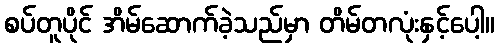
စပ်တူပိုင် အိမ်ဆောက်ခဲ့သည်မှာ တိမ်တလုံးနှင့်ပေါ့။